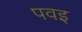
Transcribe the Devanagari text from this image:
पवइ